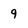
Character: 9